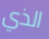
الذي